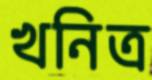
খনিত্র